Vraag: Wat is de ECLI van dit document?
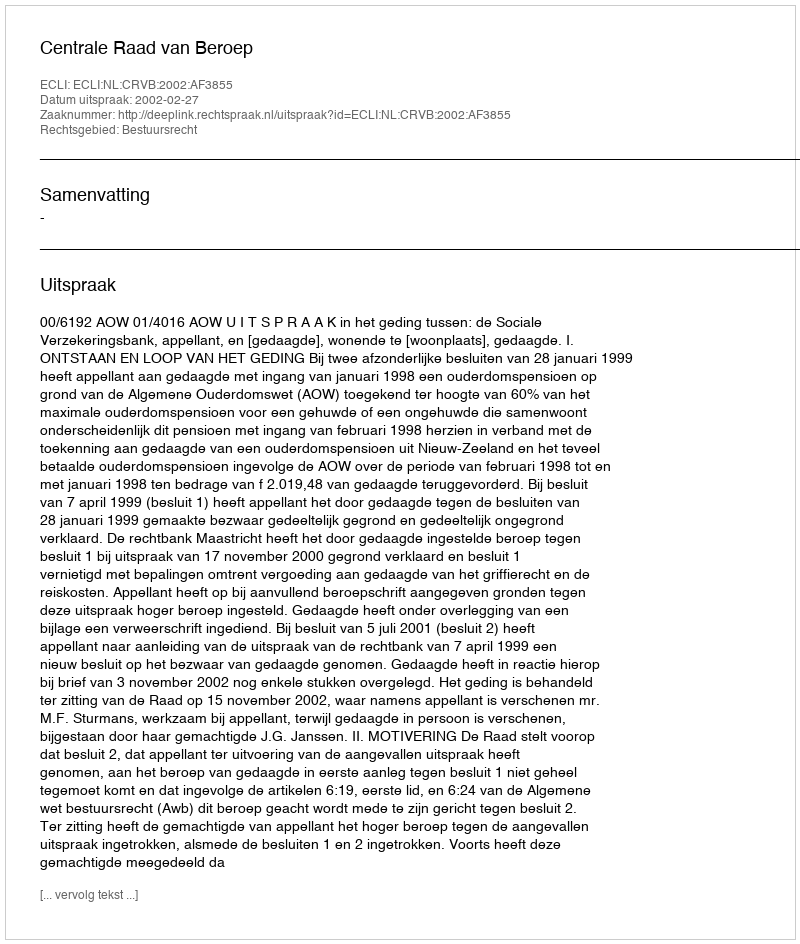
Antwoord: ECLI:NL:CRVB:2002:AF3855